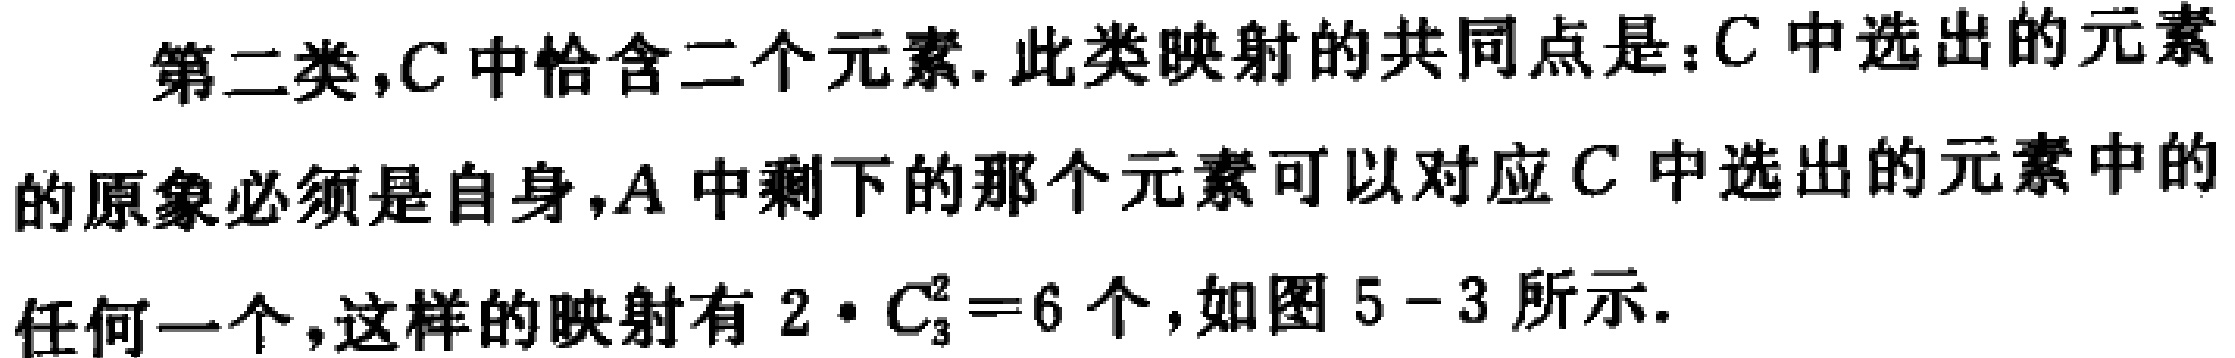
第二类,$C$中恰含二个元素. 此类映射的共同点是：$C$中选出的元素的原象必须是自身,$A$中剩下的那个元素可以对应$C$中选出的元素中的任何一个,这样的映射有$2\cdot C_{3}^{2}=6$个,如图$5 - 3$所示.